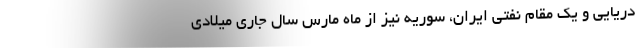
دریایی و یک مقام نفتی ایران، سوریه نیز از ماه مارس سال جاری میلادی